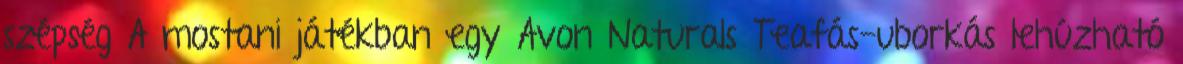
szépség A mostani játékban egy Avon Naturals Teafás-uborkás lehúzható